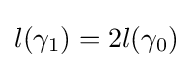
l(\gamma _{1})=2l(\gamma _{0})